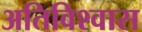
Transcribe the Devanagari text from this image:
अतिविश्वास